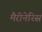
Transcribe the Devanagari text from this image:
मैरीनेरिस